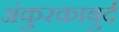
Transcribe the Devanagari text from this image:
अंकुरकाबुर्द